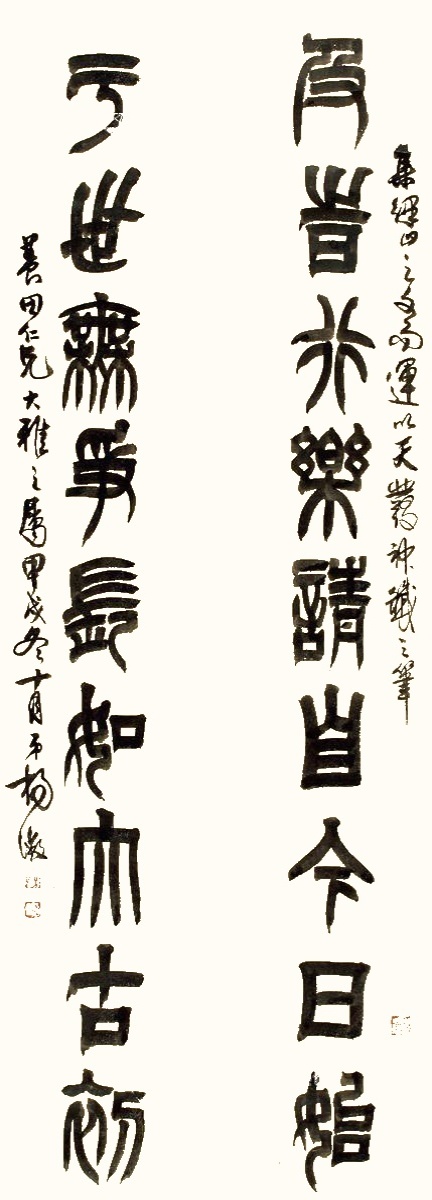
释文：及时行乐请自今日始，于事无争长如太古初。集律山之文而运以天发神谶之笔。养田仁兄大雅之属，甲戌冬十月，弟杨澂。